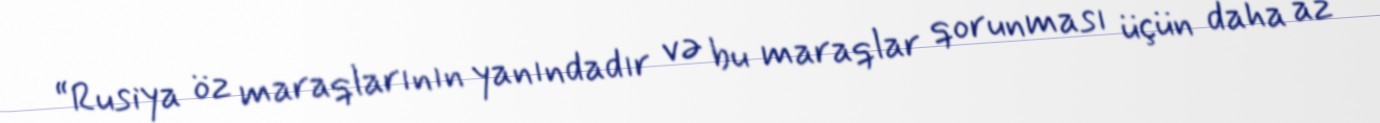
“Rusiya öz maraqlarının yanındadır və bu maraqlar qorunması üçün daha az